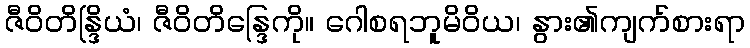
ဇီဝိတိန္ဒြိယံ၊ ဇီဝိတိန္ဒြေကို။ ဂေါစရဘူမိဝိယ၊ နွား၏ကျက်စားရာ